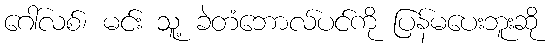
ဂေါ်လစ်၊ မင်း သူ့ ခဲတံဘောလ်ပင်ကို ပြန်မပေးဘူးဆို